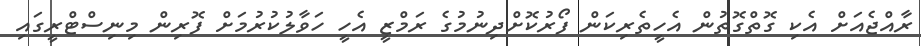
ރާއްޖެއަށް އެކި ގޮތްގޮތުން އެހީތެރިކަން ފޯރުކޮށްދިނުމުގެ ރަމްޒީ އެހީ ހަވާލުކުރުމަށް ފޮރިން މިނިސްޓްރީގައި